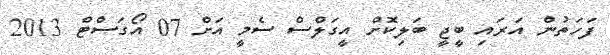
ފަހަތުން އަރައި ބީޖީ ބަލިކޮށް އީގަލްސް ސެމީ އަށް 07 އޯގަސްޓް 2013